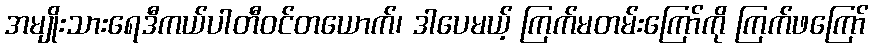
အမျိုးသားရေဒီကယ်ပါတီဝင်တယောက်၊ ဒါပေမယ့် ကြက်မတမ်းကြော်ကို ကြက်ဖကြော်